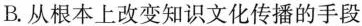
B.从根本上改变知识文化传播的手段